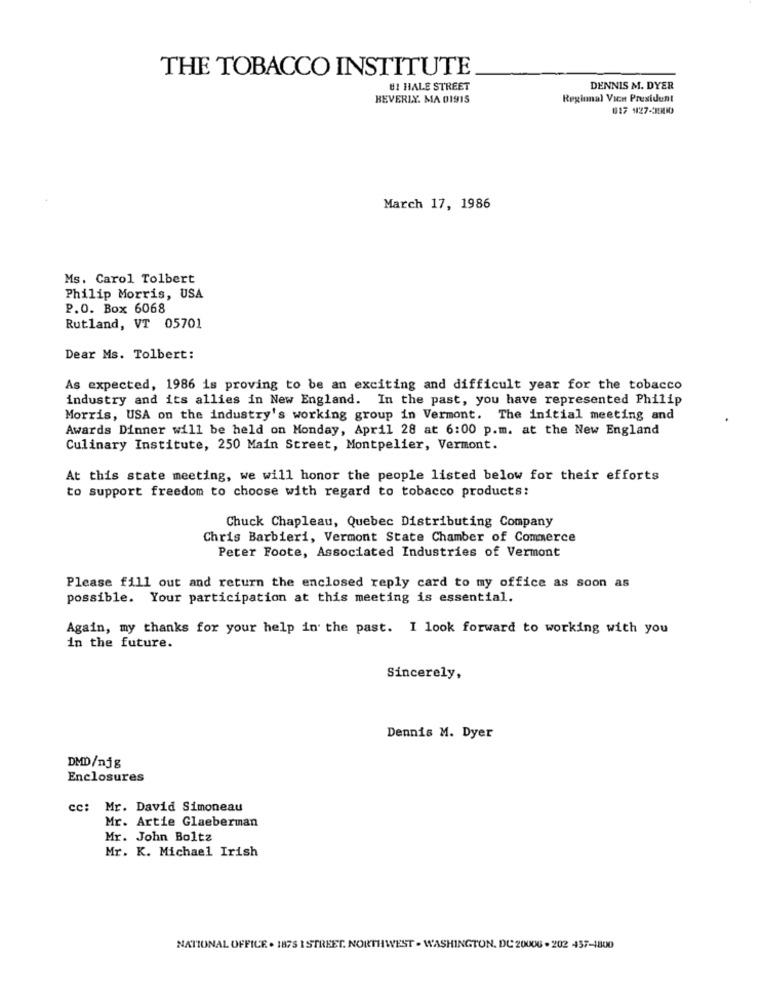
THE TOBACCO INSTITUTE
81 HALE STREET
DENNIS M. DYER
BEVERLY. MA 01915
Regional Vice President
617 927-9900
March 17, 1986
Ms. Carol Tolbert
Philip Morris, USA
P.O. Box 6068
Rutland, VT 05701
Dear Ms. Tolbert:
As expected, 1986 is proving to be an exciting and difficult year for the tobacco
industry and its allies in New England. In the past, you have represented Philip
Morris, USA on the industry's working group in Vermont. The initial meeting and
Awards Dinner will be held on Monday, April 28 at 6:00 p.m. at the New England
Culinary Institute, 250 Main Street, Montpelier, Vermont.
At this state meeting, we will honor the people listed below for their efforts
to support freedom to choose with regard to tobacco products:
Chuck Chapleau, Quebec Distributing Company
Chris Barbieri, Vermont State Chamber of Commerce
Peter Foote, Associated Industries of Vermont
Please fill out and return the enclosed reply card to my office as soon as
possible. Your participation at this meeting is essential.
Again, my thanks for your help in the past. I look forward to working with you
in the future.
Sincerely,
Dennis M. Dyer
DMD/njg
Enclosures
cc: Mr. David Simoneau
Mr. Artie Glaeberman
Mr. John Boltz
Mr. K. Michael Irish
NATIONAL OFFICE . 1875 I STREET. NORTHWEST . WASHINGTON, DC 20006 . 202 457-1800